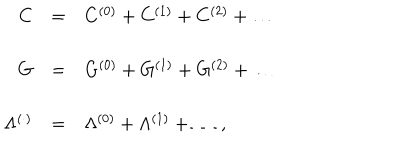
LaTeX: \begin{array} { r c l } { { C } } & { { = } } & { { C ^ { ( 0 ) } + C ^ { ( 1 ) } + C ^ { ( 2 ) } + \ldots } } \\ { { } } & { { } } & { { } } \\ { { G } } & { { = } } & { { G ^ { ( 0 ) } + G ^ { ( 1 ) } + G ^ { ( 2 ) } + \ldots } } \\ { { } } & { { } } & { { } } \\ { { \Lambda ^ { ( \cdot ) } } } & { { = } } & { { \Lambda ^ { ( 0 ) } + \Lambda ^ { ( 1 ) } + \ldots \, , } } \\ \end{array}